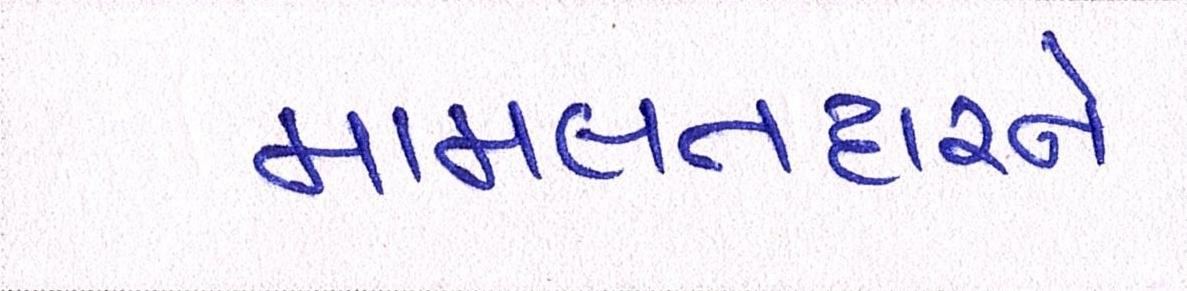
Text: મામલતદારને